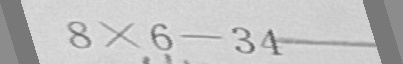
8 \times 6 - 3 4